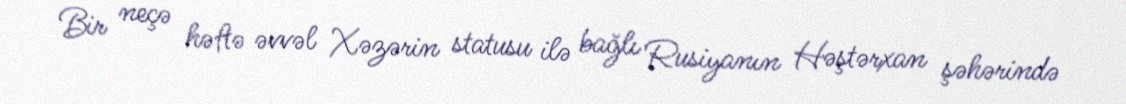
Bir neçə həftə əvvəl Xəzərin statusu ilə bağlı Rusiyanın Həştərxan şəhərində